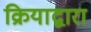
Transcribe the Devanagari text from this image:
क्रियाद्वारा